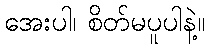
အေးပါ၊ စိတ်မပူပါနဲ့။